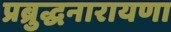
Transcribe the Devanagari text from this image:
प्रब्रुद्धनारायणा